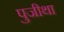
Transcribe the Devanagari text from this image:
पुजीथा